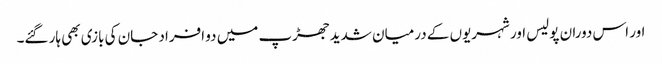
اور اس دوران پولیس اور شہریوں کے درمیان شدید جھڑپ میں دو افراد جان کی بازی بھی ہار گئے۔